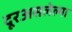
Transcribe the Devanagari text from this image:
दूरअसलेल्या